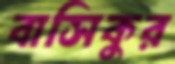
বাসিকুর